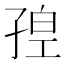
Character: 𡥴